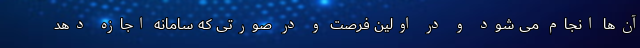
آن‌ها انجام می شود و در اولین فرصت و در صورتی که سامانه اجازه دهد